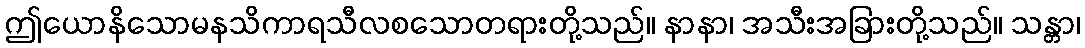
ဤယောနိသောမနသိကာရသီလစသောတရားတို့သည်။ နာနာ၊ အသီးအခြားတို့သည်။ သန္တာ၊